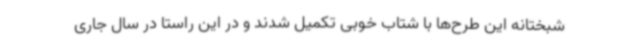
شبختانه این طرح‌ها با شتاب خوبی تکمیل شدند و در این راستا در سال جاری